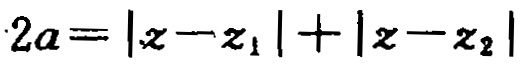
\(2a = |z - z_1|+|z - z_2|\)